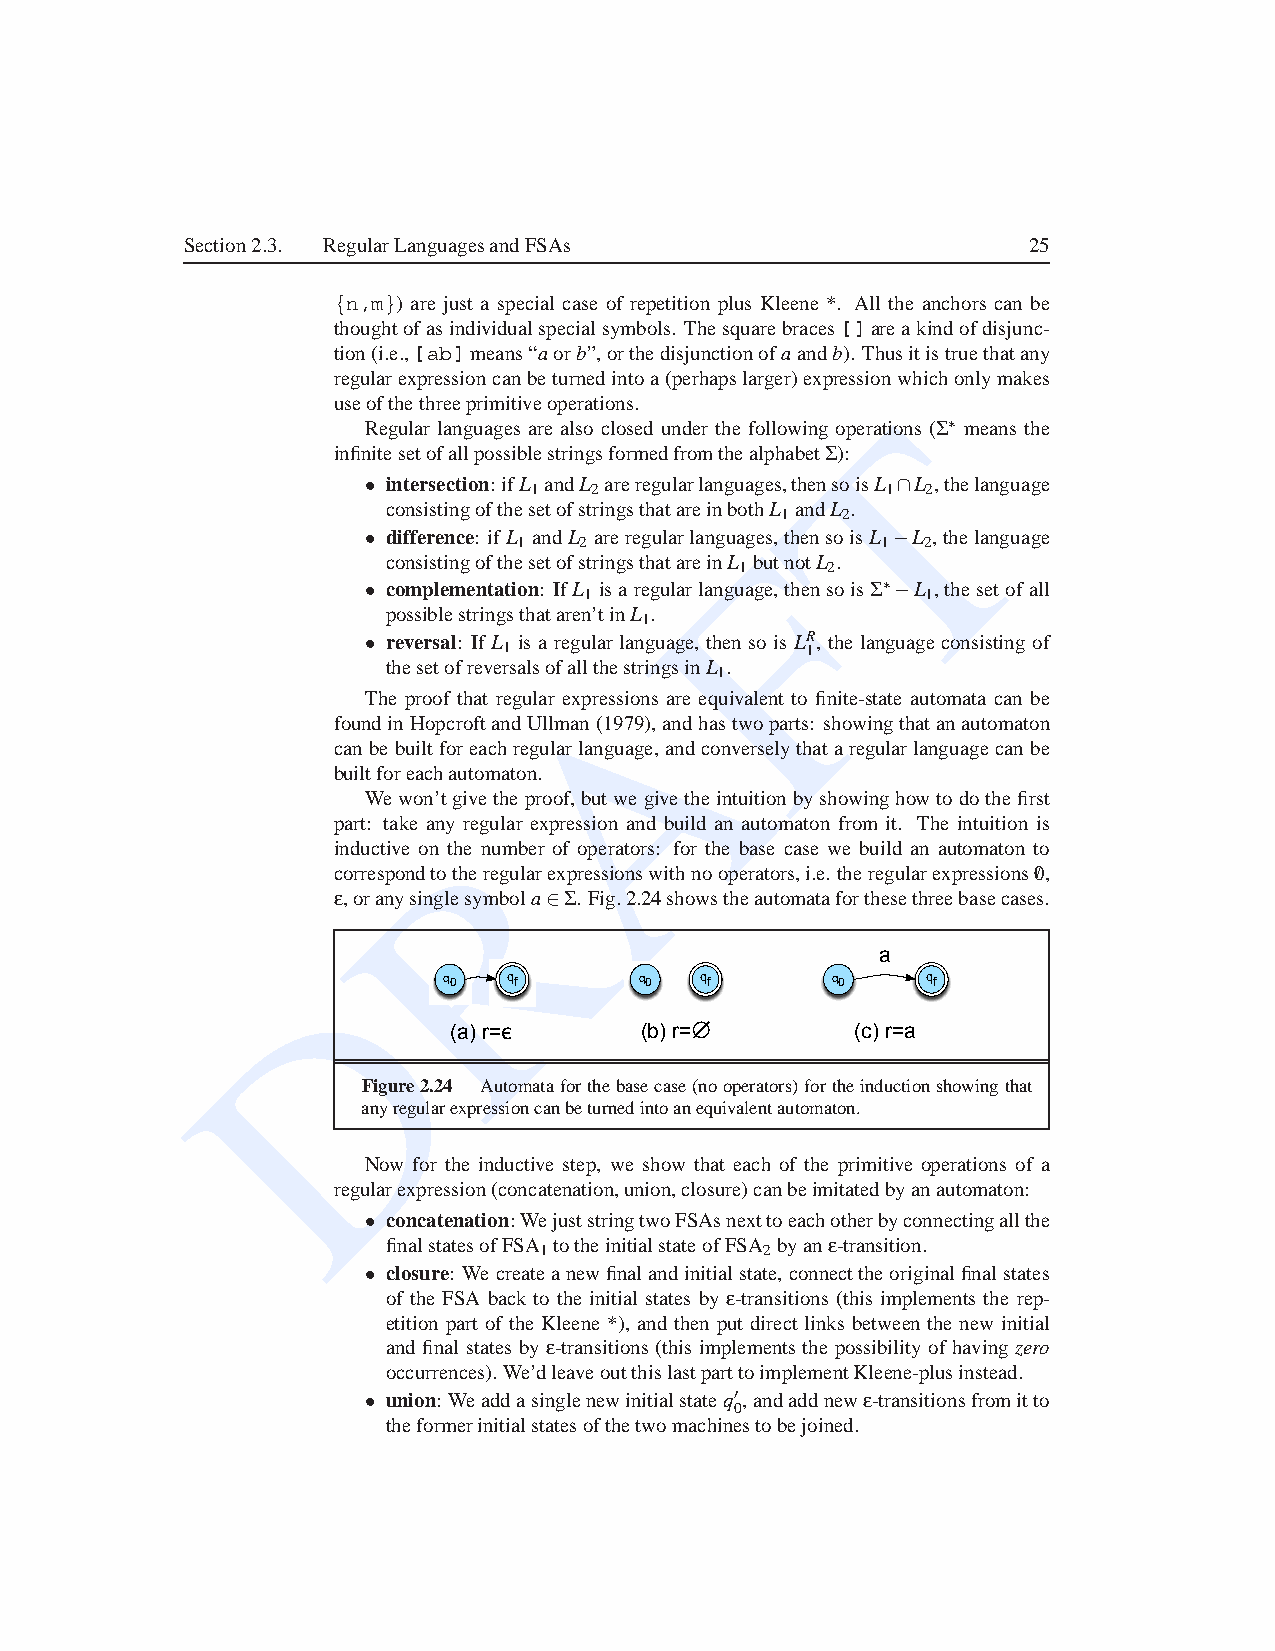
Section2.3. RegularLanguagesandFSAs                     25
 {n,m}) are just a special case of repetition plus Kleene *. All the anchors can be
 thoughtofasindividualspecialsymbols. Thesquarebraces[]areakindofdisjunc-
 tion(i.e.,[ab]means“aorb”,orthedisjunctionofaandb). Thusitistruethatany
 regularexpressioncanbeturnedintoa(perhapslarger)expressionwhichonlymakes
 useofthethreeprimitiveoperations.   T
 Regular languages are also closed under the following operations (S ∗ means the
 infinitesetofallpossiblestringsformedfromthealphabetS ):
 • intersection:ifL andL areregularlanguages,thensoisL ∩L ,thelanguage
 1   2                   1 2
 consistingofthesetofstringsthatareinbothL andL .
 1   2
 • difference: ifL andL areregularlanguaFges,thensoisL −L ,thelanguage
 1   2                   1  2
 consistingofthesetofstringsthatareinL butnotL .
 1     2
 • complementation: IfL isaregularlanguage,thensoisS ∗−L , thesetofall
 1                     1
 possiblestringsthataren’tinL .
 1
 • reversal: If L is a regularlanguage, then so is LR, the languageconsisting of
 1                   1
 A
 thesetofreversalsofallthestringsinL .
 1
 The proof that regular expressions are equivalent to finite-state automata can be
 foundinHopcroftandUllman(1979),andhastwoparts: showingthatanautomaton
 canbe builtforeachregularlanguage,andconverselythata regularlanguagecanbe
 builtforeachautomaton.
 We won’tgivetheproof,butwegivetheintuitionbyshowinghowtodothefirst
 part: take anyRregular expression and build an automaton from it. The intuition is
 inductive on the number of operators: for the base case we build an automaton to
 correspondtotheregularexpressionswithnooperators,i.e. theregularexpressions0/,
 e ,oranysinglesymbola∈S . Fig.2.24showstheautomataforthesethreebasecases.
 a
 D
 q0   qf      q0  qf       q0    qf
 (a) r=ε     (b) r=∅        (c) r=a
 Figure2.24 Automataforthebasecase(nooperators)fortheinductionshowingthat
 anyregularexpressioncanbeturnedintoanequivalentautomaton.
 Now for the inductive step, we show that each of the primitive operations of a
 regularexpression(concatenation,union,closure)canbeimitatedbyanautomaton:
 • concatenation:WejuststringtwoFSAsnexttoeachotherbyconnectingallthe
 finalstatesofFSA totheinitialstateofFSA byane -transition.
 1             2
 • closure: We createanewfinalandinitialstate,connecttheoriginalfinalstates
 of the FSA back to the initial states by e -transitions (this implements the rep-
 etition part of the Kleene *), and then put direct links between the new initial
 and final states by e -transitions (this implementsthe possibility of having zero
 occurrences).We’dleaveoutthislastparttoimplementKleene-plusinstead.
 • union: Weaddasinglenewinitialstateq′,andaddnewe -transitionsfromitto
 0
 theformerinitialstatesofthetwomachinestobejoined.